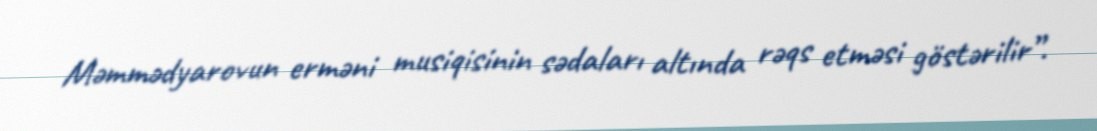
Məmmədyarovun erməni musiqisinin sədaları altında rəqs etməsi göstərilir”.